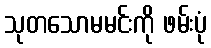
သုတသောမမင်းကို ဖမ်းပုံ